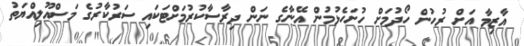
އާޒިމާ އަށް ރުހުން ހޯދުމަށް ހުށަހެޅުމުން އޭނާގެ ނަން ދިރާސާކުރުމަށްޓަކައި ސަރުކާރުގެ މަސްއޫލިއްޔަތު